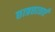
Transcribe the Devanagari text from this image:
छात्रछात्राएँ